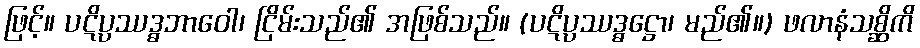
ဖြင့်။ ပဋိပ္ပဿဒ္ဓဘာဝေါ၊ ငြိမ်းသည်၏ အဖြစ်သည်။ (ပဋိပ္ပဿဒ္ဓဋ္ဌော၊ မည်၏။) ဖလာနံသစ္ဆိကိ